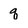
Character: q